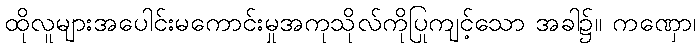
ထိုလူများအပေါင်းမကောင်းမှုအကုသိုလ်ကိုပြုကျင့်သော အခါ၌။ ကဏှော၊